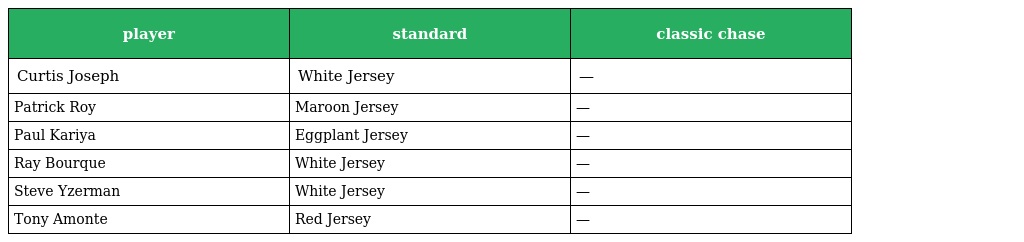
| player | standard | classic chase |
 | --- | --- | --- |
 | Curtis Joseph | White Jersey | — |
 | Patrick Roy | Maroon Jersey | — |
 | Paul Kariya | Eggplant Jersey | — |
 | Ray Bourque | White Jersey | — |
 | Steve Yzerman | White Jersey | — |
 | Tony Amonte | Red Jersey | — |